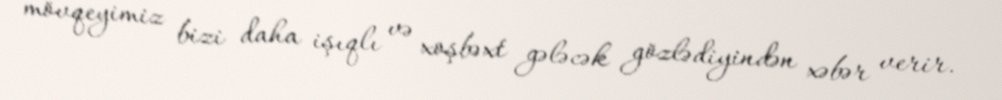
mövqeyimiz bizi daha işıqlı və xoşbəxt gələcək gözlədiyindən xəbər verir.